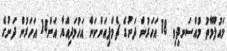
މައުލޫމާތު މުއްސަނދިވި 18 އަހަރުން ދަށުގެ ޗެމްޕިއަންކަން އަހުމަދިއްޔާ އަށް14 އަހަރުން ދަށުގެ